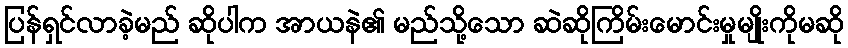
ပြန်ရှင်လာခဲ့မည် ဆိုပါက အာယနဲ၏ မည်သို့သော ဆဲဆိုကြိမ်းမောင်းမှုမျိုးကိုမဆို